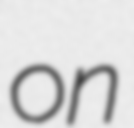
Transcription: on